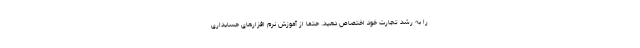
را به رشد تجارت خود اختصاص دهید. حتماً از آموزش نرم افزارهای حسابداری